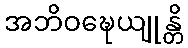
အဘိဝဍ္ဎေယျုန္တိ